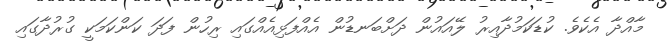
މާއްދާ އެކެވެ. ކުޑަކަމުދާއިރު ލޭއައުން ދަށްބަނޑުން އެއްފަޅިއެއްގައި ރިހުން ފަދަ ކަންކަމަކީ ގުރުދާގައި